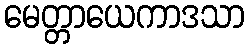
မေတ္တာယေကာဒသာ